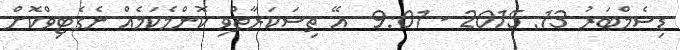
ޑިސެމްބަރު 13